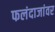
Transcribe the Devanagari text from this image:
फलंदाजांवर